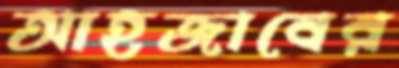
আহজাবের